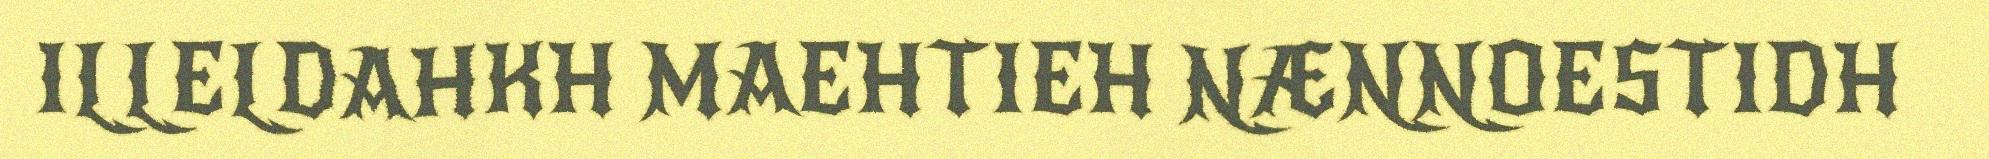
ILLELDAHKH MAEHTIEH NÆNNOESTIDH